Indian journal of veterinary science and animal husbandry - Volume 8,
Year: 1938
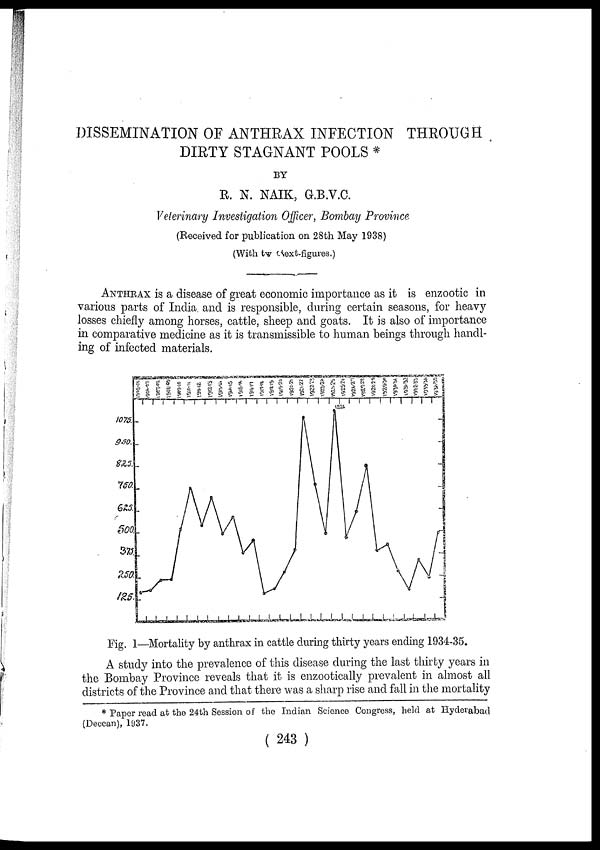
DISSEMINATION OF ANTHRAX INFECTION THROUGH
DIRTY STAGNANT POOLS *
BY
R. N. NAIK, G.B.V.C.
Veterinary Investigation Officer, Bombay Province
(Received for publication on 28th May 1938)
(With two text-figures.)
ANTHRAX is a disease of great economic importance as it is enzootic in
various parts of India and is responsible, during certain seasons, for heavy
losses chiefly among horses, cattle, sheep and goats. It is also of importance
in comparative medicine as it is transmissible to human beings through handl-
ing of infected materials.
Fig. 1—Mortality by anthrax in cattle during thirty years ending 1934-35.
A study into the prevalence of this disease during the last thirty years in
the Bombay Province reveals that it is enzootically prevalent in almost all
districts of the Province and that there was a sharp rise and fall in the mortality
* Paper read at the 24th Session of the Indian Science Congress, held at Hyderabad
(Deccan), 1937.
( 243 )